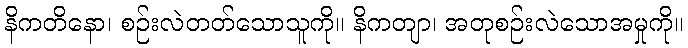
နိကတိနော၊ စဉ်းလဲတတ်သောသူကို။ နိကတျာ၊ အတုစဉ်းလဲသောအမှုကို။